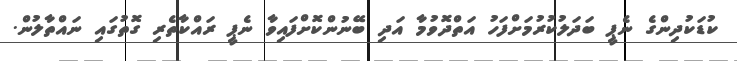
ކުޑަކުދިންގެ ނެޕީ ބަދަލުކުރުމަށްފަހު އަތްދޮވުމާ އަދި ބޭނުންކޮށްފައިވާ ނެޕީ ރައްކާތެރި ގޮތުގައި ނައްތާލުން.